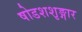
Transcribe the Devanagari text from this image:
षोडशशृङ्गार